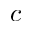
c